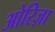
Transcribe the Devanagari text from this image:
ओरिज़ा